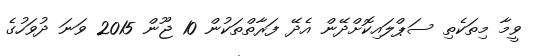
ވީމާ މިތަކެތި ސަޕްލައިކޮށްދޭން އެދޭ ފަރާތްތަކުން 10 ޖޫން 2015 ވަނަ ދުވަހުގެ